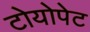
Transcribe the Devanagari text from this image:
टोयोपेट